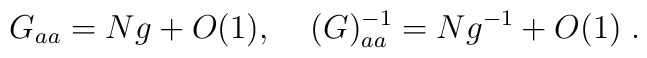
G_{aa}=Ng +O(1) ,\;\;\;\; (G)^{-1}_{aa}=Ng^{-1}+ O(1) \; .